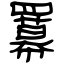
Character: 羃